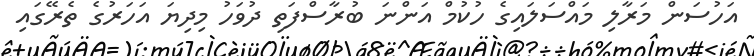
އަހުސަން މަރާލި މައްސަލައިގެ ހުކުމް އަންނަ ބުރާސްފަތި ދުވަހު މިދިޔަ އަހަރުގެ ތެރޭގައި